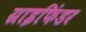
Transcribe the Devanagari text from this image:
ग्राइफिंडर